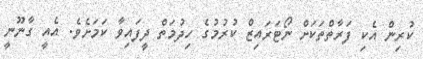
ކުރިން އެކި ފަރާތްތަކަށް ނޯޓަރައިޒް ކުރުމުގެ ހިދުމަތް ދީފައިވާ ކަމަށެވެ. އެއީ ގާނޫނީ